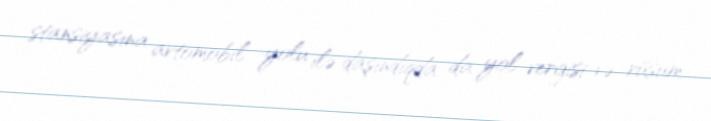
stansiyasına avtomobil yolu ilə daşındıqda da yol vergisi və rüsum